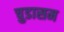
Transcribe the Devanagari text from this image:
चुडासम